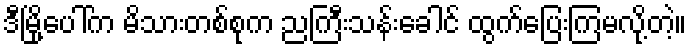
ဒီမြို့ပေါ်က မိသားတစ်စုက ညကြီးသန်းခေါင် ထွက်ပြေးကြမလို့တဲ့။